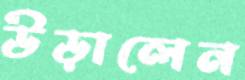
উড়ালেন